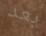
بعد